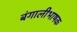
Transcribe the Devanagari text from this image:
बंगालीभाषक